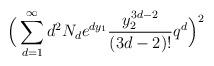
LaTeX: \begin{align*}\Big(\sum_{d=1}^\infty d^2N_d e^{dy_1} \frac{y_2^{3d-2}}{(3d-2)!}q^d\Big)^2\end{align*}